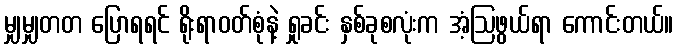
မျှမျှတတ ပြောရရင် ရိုးရာဝတ်စုံနဲ့ ရှုခင်း နှစ်ခုစလုံးက အံ့ဩဖွယ်ရာ ကောင်းတယ်။